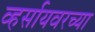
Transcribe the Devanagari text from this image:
व्हर्सायवरच्या